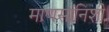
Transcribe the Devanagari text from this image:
माणसांनिशी